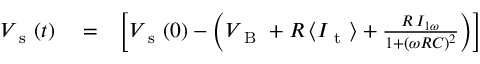
\begin{array} { r l r } { V _ { \mathrm { ~ s ~ } } ( t ) } & { { } = } & { \bigg [ V _ { \mathrm { ~ s ~ } } ( 0 ) - \bigg ( V _ { \mathrm { ~ B ~ } } + R \, \langle I _ { \mathrm { ~ t ~ } } \rangle + \frac { R \, I _ { 1 \omega } } { 1 + ( \omega R C ) ^ { 2 } } \bigg ) \bigg ] } \end{array}